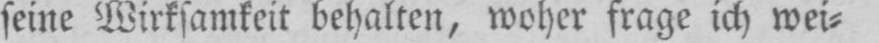
seine Wirksamkeit behalten, woher frage ich wei⸗